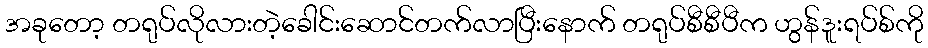
အခုတော့ တရုပ်လိုလားတဲ့ခေါင်းဆောင်တက်လာပြီးနောက် တရုပ်စီစီပီက ဟွန်ဒူးရပ်စ်ကို